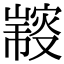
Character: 𠮍